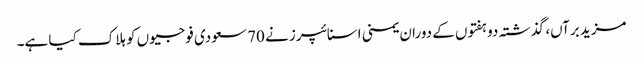
مزید برآں، گذشتہ دو ہفتوں کے دوران یمنی اسنائپرز نے 70 سعودی فوجیوں کو ہلاک کیا ہے۔